Source: Handwritten
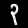
Digit: ၃ (3)